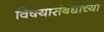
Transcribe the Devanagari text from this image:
विषयासंबंधीच्या